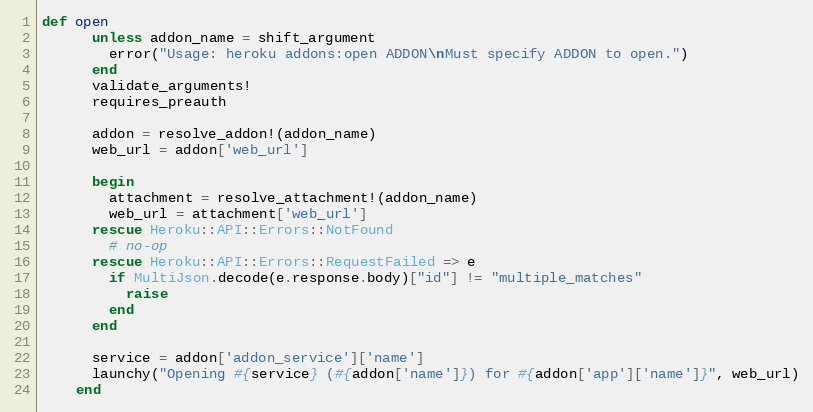
Language: Ruby
def open
      unless addon_name = shift_argument
        error("Usage: heroku addons:open ADDON\nMust specify ADDON to open.")
      end
      validate_arguments!
      requires_preauth

      addon = resolve_addon!(addon_name)
      web_url = addon['web_url']

      begin
        attachment = resolve_attachment!(addon_name)
        web_url = attachment['web_url']
      rescue Heroku::API::Errors::NotFound
        # no-op
      rescue Heroku::API::Errors::RequestFailed => e
        if MultiJson.decode(e.response.body)["id"] != "multiple_matches"
          raise
        end
      end

      service = addon['addon_service']['name']
      launchy("Opening #{service} (#{addon['name']}) for #{addon['app']['name']}", web_url)
    end